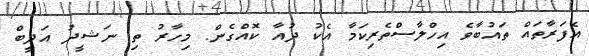
އެފަރާތައް ތައުބާވެ އިހްލާސްތެރިކަމާ އެކު ދުއާ ކޮއްގެން. މިހާރު ތި ނަޝީދު އަދީބް